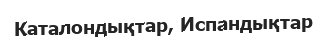
Каталондықтар, Испандықтар